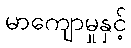
မာကျောမှုနှင့်